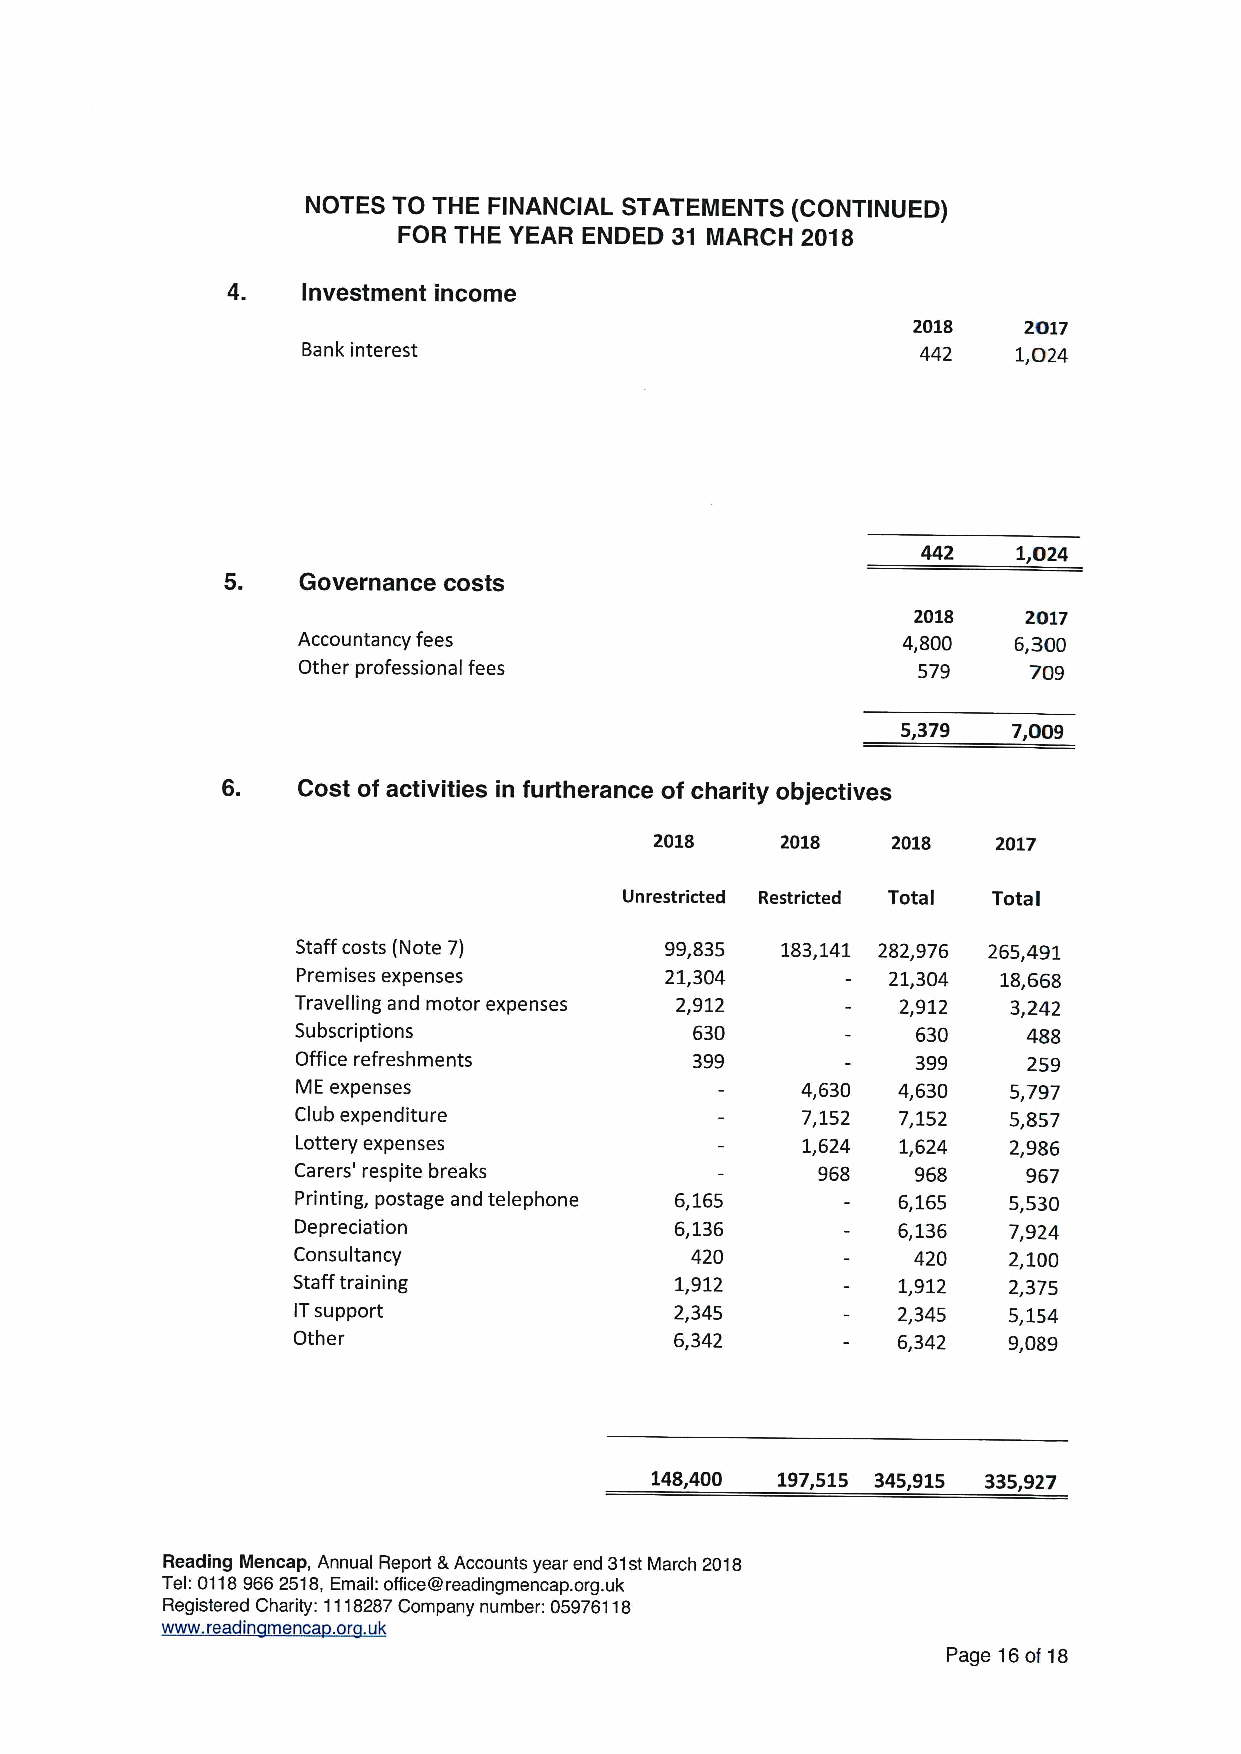
NOTES TO THE FINANCIAL STATEMENTS (CONTINUED)
 FOR THE YEAR ENDED 31 MARCH 2018
 4.   Investment income
 2018    2017
 Bank interest                            442   1,024
 442   1,024
 5.   Governance costs
 2018    2017
 Accountancy fees                        4,800  6,300
 Other professional fees                  579    709
 5,379  7,009
 6.   Cost of activities in furtherance of charity objectives
 2018     2018   2018   2017
 Unrestricted Restricted Total Total
 Staff costs (Note 7)    99,835  183,141 282,976 265,491
 Premises expenses       21,304         21,304 18,668
 Travelling and motor expenses 2,912     2,912  3,242
 Subscriptions             630            630    488
 Office refreshments       399            399    259
 ME expenses                      4,630 4,630   5,797
 Club expenditure                 7,152 7,152   5,857
 Lottery expenses                 1,624  1,624  2,986
 Carers' respite breaks             968    968    967
 Printing, postage and telephone 6,165  6,165   5,530
 Depreciation             6,136         6,136   7,924
 Consultancy                420           420    2,100
 Staff training            1,912         1,912   2,375
 ITsupport                 2,345         2,345   5,154
 Other                     6,342         6,342   9,089
 148,400 197,515 345,915 335,927
 Reading Mencap, Annual Report &Accounts year end 31stMarch 2018
 Tel:01189662518,Email: office@readingmencap. org.uk
 Registered Charity: 1118287Company number: 05976118
 www. readin menca .or uk
 Page 16of 18